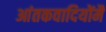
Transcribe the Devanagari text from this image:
आंतकवादियोंमैं